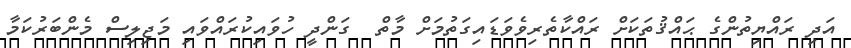
އަދި ރައްޔިތުންގެ ޙައްޤުތަކަށް ރައްކާތެރިވެވަޑައިގަތުމަށް މާތް  ގަންދީ ހުވައިކުރައްވައި މަޖިލިސް މެންބަރުކަމާ